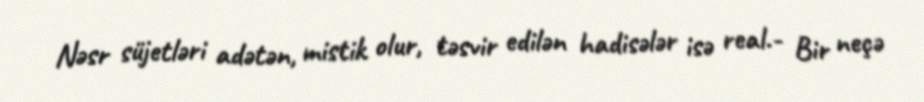
Nəsr süjetləri adətən, mistik olur, təsvir edilən hadisələr isə real.- Bir neçə